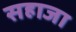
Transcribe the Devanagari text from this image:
सहाजा